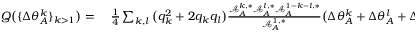
\begin{array} { r l } { Q \big ( \{ \Delta \theta _ { A } ^ { k } \} _ { k > 1 } \big ) = } & { { } ~ \frac { 1 } { 4 } \sum _ { k , l } \big ( q _ { k } ^ { 2 } + 2 q _ { k } q _ { l } \big ) \frac { \mathcal { A } _ { A } ^ { k , * } \mathcal { A } _ { A } ^ { l , * } \mathcal { A } _ { A } ^ { 1 - k - l , * } } { \mathcal { A } _ { A } ^ { 1 , * } } \big ( \Delta \theta _ { A } ^ { k } + \Delta \theta _ { A } ^ { l } + \Delta \theta _ { A } ^ { 1 - k - l } \big ) \, . } \end{array}